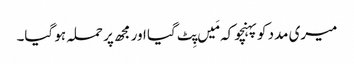
میری مدد کوپہنچو کہ مَیں پِٹ گیا اور مجھ پر حملہ ہو گیا۔